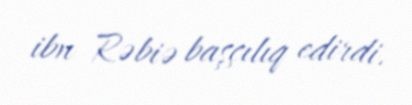
ibn Rəbiə başçılıq edirdi.